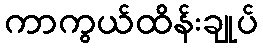
ကာကွယ်ထိန်းချုပ်